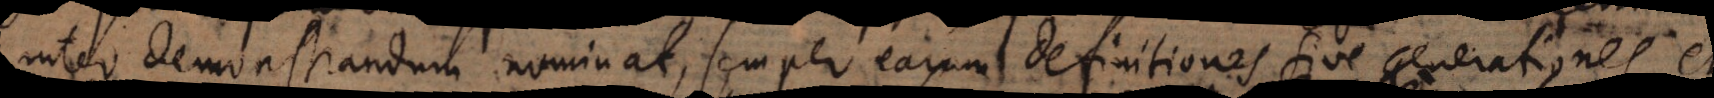
inter demonstrandum nominat, semper earum definitiones sive generationes,